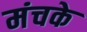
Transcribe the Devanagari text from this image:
मंचके